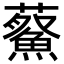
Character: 𮒿